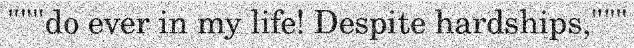
"""do ever in my life! Despite hardships,"""